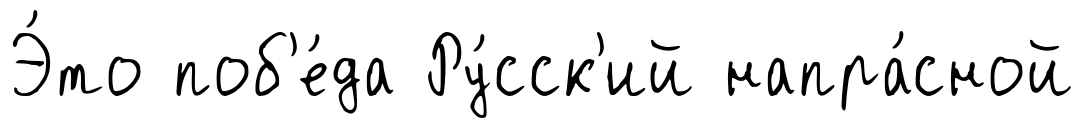
Э́то поб'е́да Ру́сск'ий напра́сной